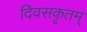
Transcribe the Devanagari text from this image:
दिवसकृतम्‌